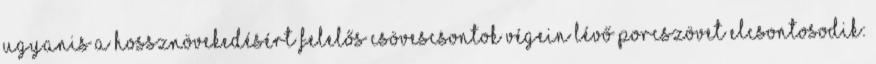
ugyanis a hossznövekedésért felelős csövescsontok végein lévő porcszövet elcsontosodik: